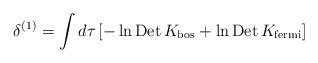
LaTeX: \begin{align*}\delta^{(1)}=\int d\tau \left[- \ln \mbox{Det}\,K_{\mbox{\scriptsize bos}} + \ln \mbox{Det}\,K_{\mbox{\scriptsize fermi}} \right]\end{align*}